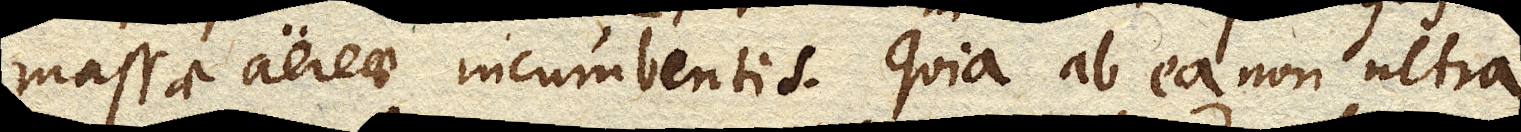
massae aereae incumbentis. Quia ab ea non ultra